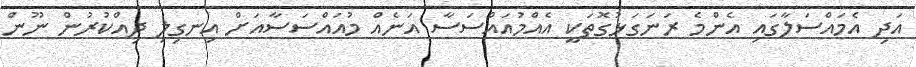
އަދި އެމައްސަލާގައި އެންމެ ރަނަގަޅުގޮތަކީ އެއްމުއައްސަސާ އަނެއް މުއައްސަސާއަށް އިނގިލި ދިއްކުރުން ނޫން